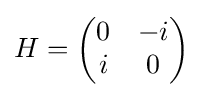
H={\begin{pmatrix}0&-i\\i&0\end{pmatrix}}